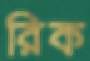
রিক